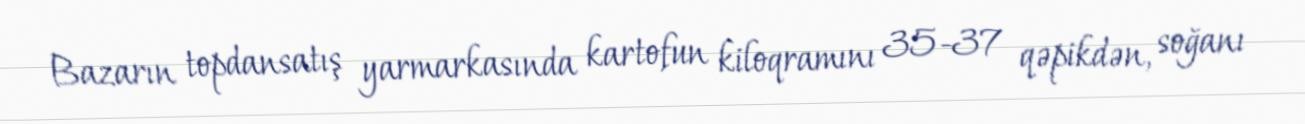
Bazarın topdansatış yarmarkasında kartofun kiloqramını 35-37 qəpikdən, soğanı